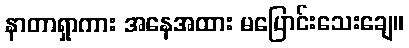
နာတာရှာကား အနေအထား မပြောင်းသေးချေ။